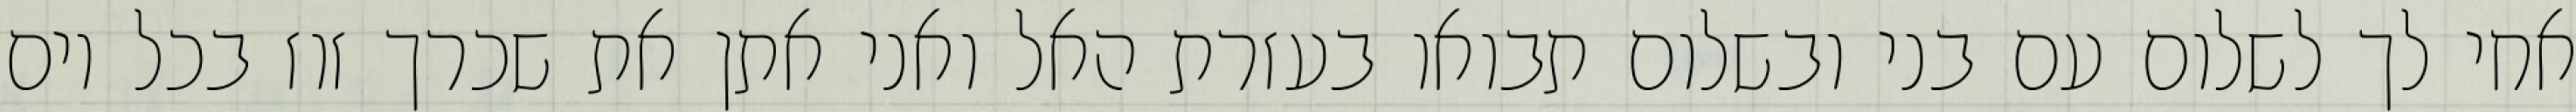
אחי לך לשלום עם בני ובשלום תבואו בעזרת האל ואני אתן את שכרך זוז בכל יום